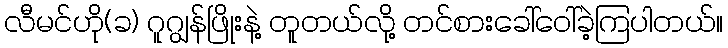
လီမင်ဟို(ခ) ဂူဂျွန်ဖြိုးနဲ့ တူတယ်လို့ တင်စားခေါ်ဝေါ်ခဲ့ကြပါတယ်။